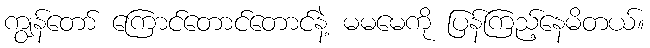
ကျွန်တော် ကြောင်တောင်တောင်နဲ့ မမမေကို ပြန်ကြည့်နေမိတယ်။